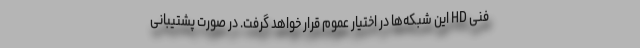
فنی HD این شبکه‌ها در اختیار عموم قرار خواهد گرفت. در صورت پشتیبانی